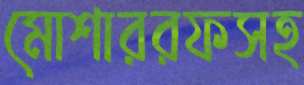
মোশাররফসহ